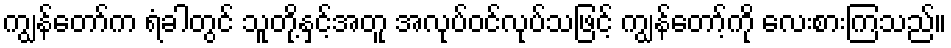
ကျွန်တော်က ရံခါတွင် သူတို့နှင့်အတူ အလုပ်ဝင်လုပ်သဖြင့် ကျွန်တော့်ကို လေးစားကြသည်။